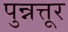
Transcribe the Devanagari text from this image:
पुन्नत्तूर